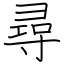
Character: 尋